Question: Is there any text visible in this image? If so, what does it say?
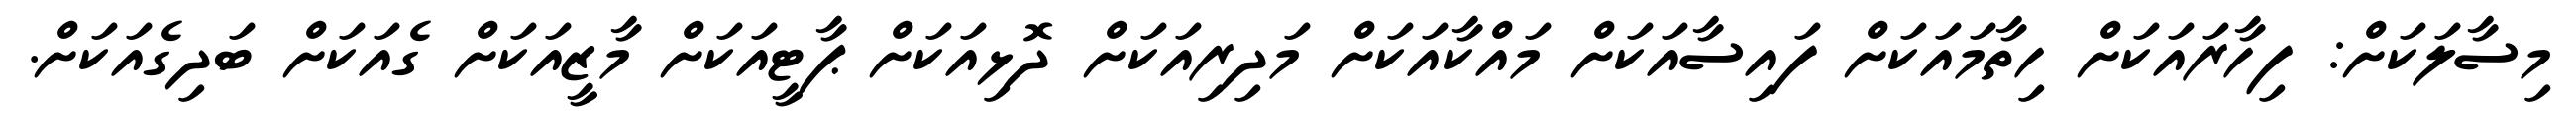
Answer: މިސާލަކަށް: ފިހާރައަކަށް ހިތާމައަކަށް ފައިސާއަކަށް މައްކާއަކަށް މަދިރިއަކަށް ދޮޅިއަކަށް ޕާޓީއަކަށް މާޒީއަކަށް ގެއަކަށް ބަދިގެއަކަށް.